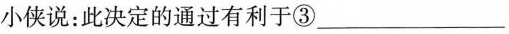
小侠说:此决定的通过有利于③_____________________